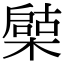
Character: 𣚩